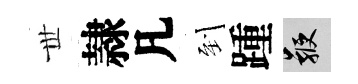
𠀍隷凡到踵鞭